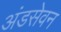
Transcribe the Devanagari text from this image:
अंडसेवन